Rangoon Lunatic Asylum 1893-1897 - 1893-1897
Year: 1893
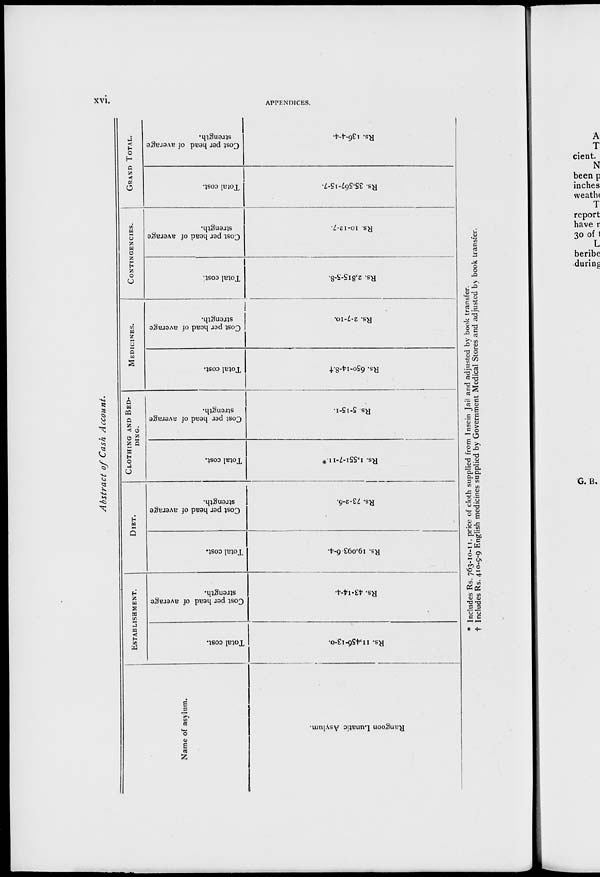
xvi.
APPENDICES.
Abstract of Cash Account.
Name of asylum.
Rangoon Lunatic Asylum.
ESTABLISHMENT.
Total cost.
Rs. 11,456-13-0.
Cost per head of average
strength.
Rs. 43-14-4.
DIET.
Total cost.
Rs. 19,093-6-4.
Cost per head of average
strength.
Rs. 73-2-6.
CLOTHING AND BED¬
-----
Total cost.
Rs. 1,551-7-11.*
Cost per head of average
strength.
Rs. 5-15-1.
MEDICINES.
Total cost.
Rs. 650-14-8.†
Cost per head of average
strength.
Rs. 2-7-10.
CONTINGENCIES.
Total cost.
Rs. 2,815-5-8.
Cost per head of average
strength.
Rs. 10-12-7.
GRAND TOTAL.
Total cost.
Rs. 35,567-15-7.
Cost per head of average
strength.
Rs. 136-4-4.
* Includes Rs. 763-10-11, price of cloth supplied from Insein Jail and adjusted by book transfer.
† Includes Rs. 410-9-9 English medicines supplied by Government Medical Stores and adjusted by book transfer.